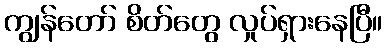
ကျွန်တော် စိတ်တွေ လှုပ်ရှားနေပြီ။